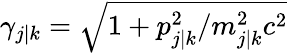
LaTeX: \gamma_{j\vert k}=\sqrt{1+p_{j\vert k}^{2}/m_{j\vert k}^{2}c^{2}}